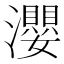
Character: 瀴